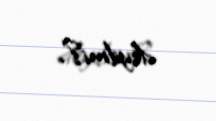
deyilmi?.